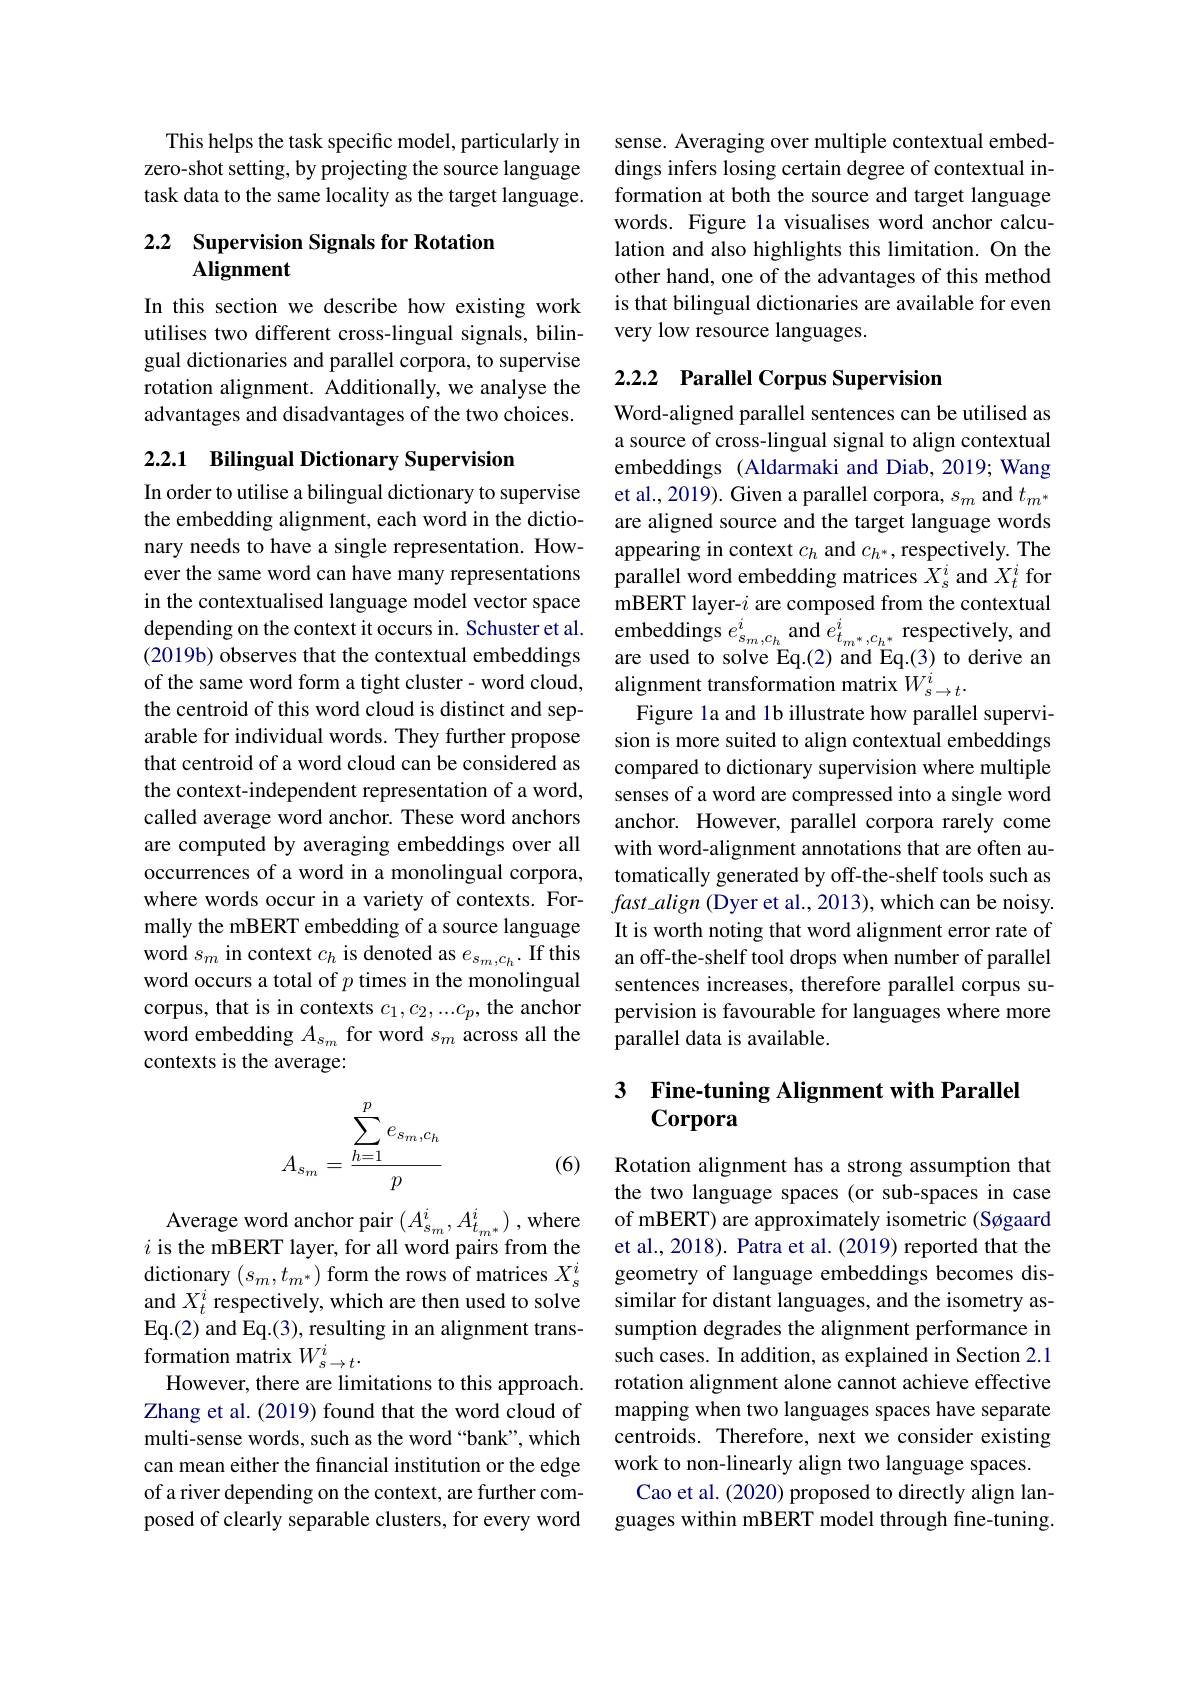
This helps the task specific model, particularly in zero-shot setting, by projecting the source language task data to the same locality as the target language.

## 2.2 Supervision Signals for Rotation Alignment

In this section we describe how existing work utilises two different cross-lingual signals, bilingual dictionaries and parallel corpora, to supervise rotation alignment. Additionally, we analyse the advantages and disadvantages of the two choices.

## 2.2.1 Bilingual Dictionary Supervision

In order to utilise a bilingual dictionary to supervise the embedding alignment, each word in the dictionary needs to have a single representation. However the same word can have many representations in the contextualised language model vector space depending on the context it occurs in. Schuster et al. (2019b) observes that the contextual embeddings the centroid of this word cloud is distinct and separable for individual words. They further propose that centroid of a word cloud can be considered as the context-independent representation of a word, called average word anchor. These word anchors are computed by averaging embeddings over all occurrences of a word in a monolingual corpora, where words occur in a variety of contexts. Formally the mBERT embedding of a source language word $s_m$ in context $c_h$ is denoted as $e_s_m,c_h.$ If this word occurs a total of $p$ times in the monolingual corpus, that is in contexts $c_1,c_2,...c_p$, the anchor word embedding $A_{s_m}$ for word $s_m$ across all the contexts is the average:
$$A_{s_m}=\frac{\sum_{h=1}^pe_{s_m,c_h}}{p}$$
(6)

$\mathop{\mathrm{Average~word~anchor~pair~}}\left(A_{s_m}^{i},A_{t_{m^{*}}}^{i}\right),\mathop{\mathrm{where}}$ $i$ is the mBERT layer, for all word pairs from the dictionary $(s_m,t_{m^*})$ form the rows of matrices $X_s^i$ and $X_t^i$ respectively, which are then used to solve Eq.(2) and Eq.(3), resulting in an alignment transformation matrix $W_s\to t^i.$
However, there are limitations to this approach. Zhang et al. (2019) found that the word cloud of multi-sense words, such as the word “bank”, which can mean either the financial institution or the edge of a river depending on the context, are further composed of clearly separable clusters, for every word

sense. Averaging over multiple contextual embeddings infers losing certain degree of contextual information at both the source and target language words. Figure la visualises word anchor calculation and also highlights this limitation. On the other hand, one of the advantages of this method is that bilingual dictionaries are available for even very low resource languages.

# 2.2.2 Parallel Corpus Supervision

Word-aligned parallel sentences can be utilised as a source of cross-lingual signal to align contextual embeddings (Aldarmaki and Diab, 2019; Wang et al., 2019). Given a parallel corpora, $s_m$ and $t_{m^*}$ are aligned source and the target language words appearing in context $c_h$ and $c_{h^*}$, respectively. The parallel word embedding matrices $\bar{X}_{s}^{i}$ and $X_{t}^{i}$ for mBERT layer-$i$ are composed from the contextual ${\mathrm{embeddings~}e_{s_{m},c_{h}}^{i}}$and $e_{t_{m^{*},c_{h^{*}}}}^{i}$ respectively, and are used to solve Eq.(2) and Eq.(3) to derive an
of the same word form a tight cluster- word cloud, alignment transformation matrix $W_{s\to t}^i.$
Figure la and 1b illustrate how parallel supervision is more suited to align contextual embeddings compared to dictionary supervision where multiple senses of a word are compressed into a single word anchor. However, parallel corpora rarely come with word-alignment annotations that are often automatically generated by off-the-shelf tools such as $fast\_align$ (Dyer et al., 2013), which can be noisy. It is worth noting that word alignment error rate of an off-the-shelf tool drops when number of parallel sentences increases, therefore parallel corpus supervision is favourable for languages where more parallel data is available.

# 3 Fine-tuning Alignment with Parallel Corpora

Rotation alignment has a strong assumption that the two language spaces (or sub-spaces in case of mBERT) are approximately isometric (Søgaard et al., 2018). Patra et al. (2019) reported that the geometry of language embeddings becomes dissimilar for distant languages, and the isometry assumption degrades the alignment performance in such cases. In addition, as explained in Section 2.1 rotation alignment alone cannot achieve effective mapping when two languages spaces have separate centroids. Therefore, next we consider existing work to non-linearly align two language spaces.
Cao et al. (2020) proposed to directly align languages within mBERT model through fine-tuning.